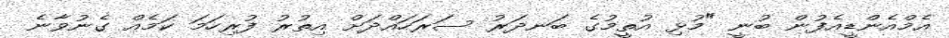
އެމްއެންޑީއެފުން ބުނީ "މުޅި އުތީމުގެ ބަނދަރު ސަރަހައްދަށް އިތުރު ފުރިހަމަ ކަމެއް ގެނުވާނެ